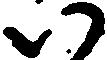
い